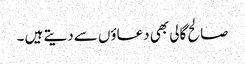
صالح گالی بھی دعاؤں سے دیتے ہیں ۔